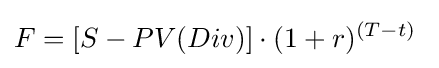
F=[S-PV(Div)]\cdot (1+r)^{(T-t)}\